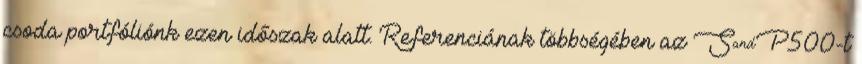
csoda portfóliónk ezen időszak alatt. Referenciának többségében az S&P500-t